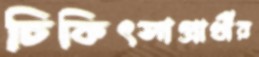
চিকিৎসাপ্রার্থীর